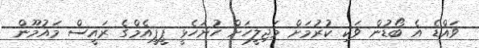
ވައްޑެ އެ ބޯޑުން ވަކި ކުރުމަށް މަޖިލީހަށް ހުށަހެޅީ ޕީޕީއެމްގެ ރައީސް މައުމޫން